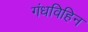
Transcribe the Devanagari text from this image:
गंधविहिन